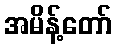
အမိန့်တော်